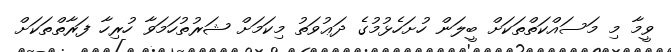
ވީމާ މި މަސައްކަތްތަކަށް ބީލަން ހުށަހެޅުމުގެ ދަޢުވަތު މިކަމަށް ޝަރުތުހަމަވާ ހުރިހާ ފަރާތްތަކަށް